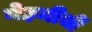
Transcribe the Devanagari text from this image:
नेहमीचीं